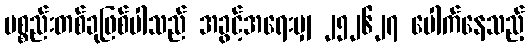
ပစ္စည်းတစ်ခုဖြစ်ပါသည် အခွင့်အရေးမျှ ၂၅၂၆၂၇ ပေါက်နေသည့်